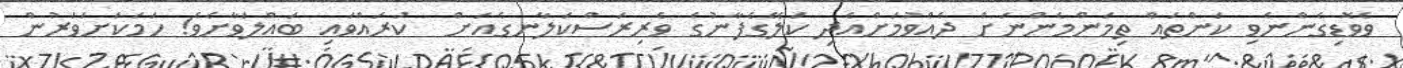
ވެވޮޑިގެންނެވި ކަންތައް ތިމަންމެންނަށް ދެއްވުމަށްއެދި ކަލޭގެފާނުގެ ވެރިރަސްކަލާނގެއަށް  ކުރައްވައި ބައްލަވާށެވެ! ހަމަކަށަވަރުން